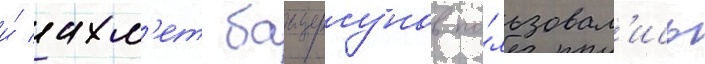
и́ ахм'ет баитурсунов по́льзовал'ись